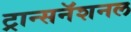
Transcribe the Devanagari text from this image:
ट्रान्सनॅशनल